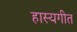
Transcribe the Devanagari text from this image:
हास्यगीत